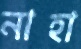
নাহা